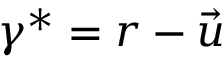
\gamma ^ { * } = r - { \vec { u } }